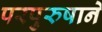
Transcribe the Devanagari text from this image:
परपुरुषाने